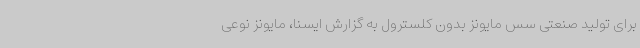
برای تولید صنعتی سس مایونز بدون کلسترول به گزارش ایسنا، مایونز نوعی